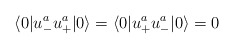
\begin{align*}\langle 0|u^a_- u^a_+|0\rangle = \langle 0|u^a_+ u^a_-|0\rangle =0\end{align*}